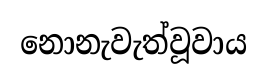
නොනැවැත්වූවාය